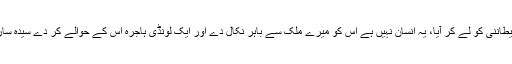
تب اس نے اس شخص کو بلایا جو سیدہ سارہ کو لے کر آیا تھا اور اس سے بولا کہ تو میرے پاس شیطاننی کو لے کر آیا، یہ انسان نہیں ہے اس کو میرے ملک سے باہر نکال دے اور ایک لونڈی ہاجرہ اس کے حوالے کر دے سیدہ سارہ ہاجرہ کو لے کر لوٹ آئیں جب سیدنا ابراہیمؑ نے دیکھا تو نمازوں سے فارغ ہوئے اور کہا کیا ہوا ؟